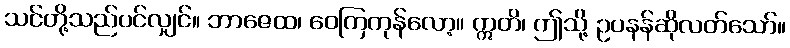
သင်တို့သည်ပင်လျှင်။ ဘာဇေထ၊ ဝေကြကုန်လော့။ ဣတိ၊ ဤသို့ ဥပနန်ဆိုလတ်သော်။